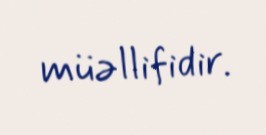
müəllifidir.